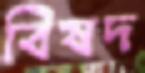
বিষদ